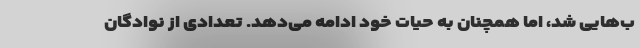
ب‌هایی شد، اما همچنان به حیات خود ادامه می‌دهد. تعدادی از نوادگان